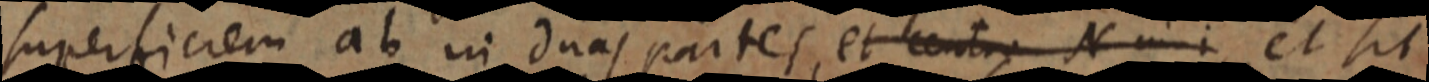
superficiem ab in duas partes, et centra N _ i et sit